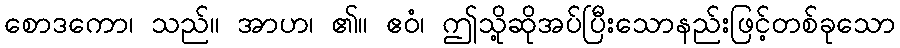
စောဒကော၊ သည်။ အာဟ၊ ၏။ ဧဝံ၊ ဤသို့ဆိုအပ်ပြီးသောနည်းဖြင့်တစ်ခုသော